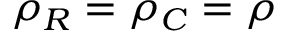
\rho _ { R } = \rho _ { C } = \rho